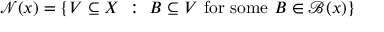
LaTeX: { \mathcal { N } } ( x ) = \left\{ V \subseteq X ~ : ~ B \subseteq V { \mathrm { ~ f o r ~ s o m e ~ } } B \in { \mathcal { B } } ( x ) \right\}